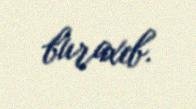
buraxıb.